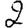
Digit: 2